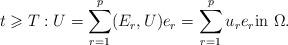
LaTeX: \begin{align*} t\geqslant T:U = \sum_{r=1}^p(E_r, U)e_r = \sum_{r=1}^pu_re_r\hbox{in } \Omega.\end{align*}